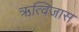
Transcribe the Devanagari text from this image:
ऋत्विजास